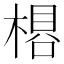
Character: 𬃽